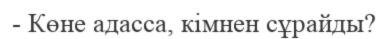
- Көне адасса, кімнен сұрайды?